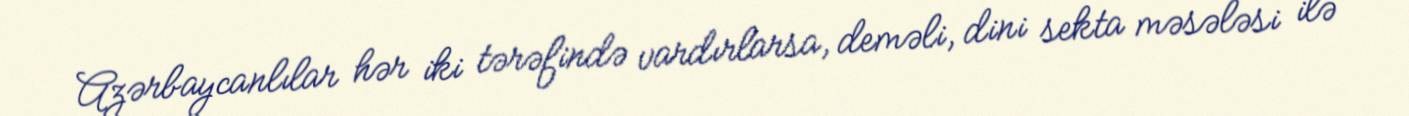
Azərbaycanlılar hər iki tərəfində vardırlarsa, deməli, dini sekta məsələsi ilə